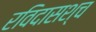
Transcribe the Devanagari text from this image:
रविदासश्च